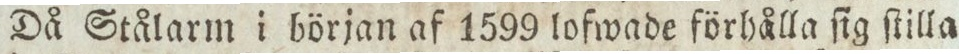
Då Stålarm i början af 1599 lofwade förhålla ſig ſtilla